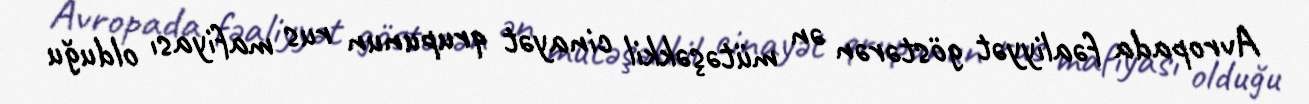
Avropada fəaliyyət göstərən ən mütəşəkkil cinayət qrupunun rus mafiyası olduğu